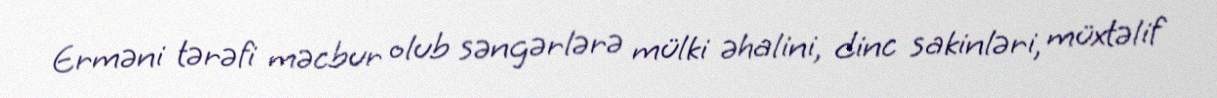
Erməni tərəfi məcbur olub səngərlərə mülki əhalini, dinc sakinləri, müxtəlif